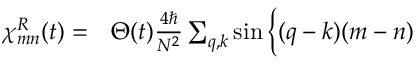
\begin{array} { r l } { \chi _ { m n } ^ { R } ( t ) = } & { { } \Theta ( t ) \frac { 4 \hbar } { N ^ { 2 } } \sum _ { q , k } \sin \Big \{ ( q - k ) ( m - n ) } \end{array}